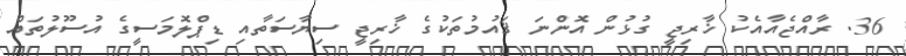
36. ރާއްޖެއާއެކު ޚާރިޖީ ގުޅުން އޮންނަ ޤައުމުތަކުގެ ޚާރިޖީ ސިޔާސަތާއި ޑިޕްލޮމަސީގެ އުސޫލުތައް